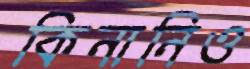
কিনানিও